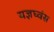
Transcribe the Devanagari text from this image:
यज्ञघ्वंस